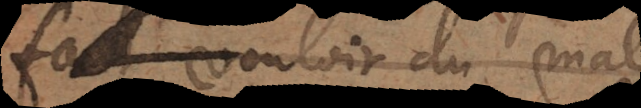
faut vouloir du mal